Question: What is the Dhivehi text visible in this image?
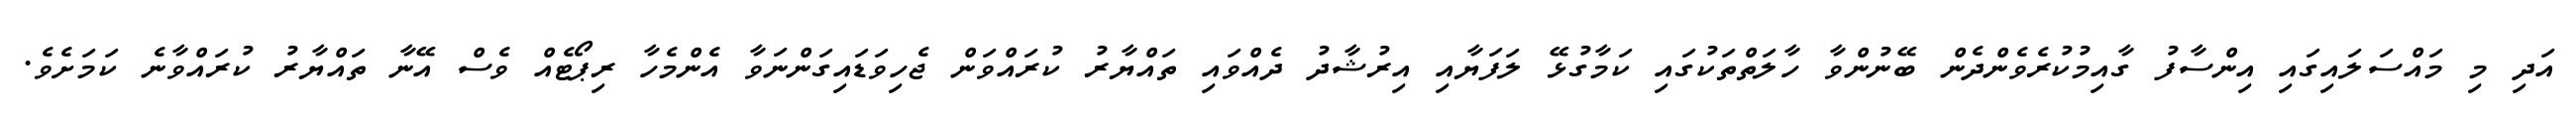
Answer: އަދި މި މައްސަލައިގައި އިންސާފު ގާއިމުކުރެވެންދެން ބޭނުންވާ ހާލަތްތަކުގައި ކަމާގުޅޭ ލަފަޔާއި އިރުޝާދު ދެއްވައި ތައްޔާރު ކުރައްވަން ޖެހިވަޑައިގަންނަވާ އެންމެހާ ރިޕޯޓެއް ވެސް އޭނާ ތައްޔާރު ކުރައްވާނެ ކަމަށެވެ.